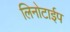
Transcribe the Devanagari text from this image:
लिनोटाईप